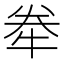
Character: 牶